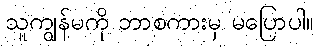
သူကျွန်မကို ဘာစကားမှ မပြောပါ။